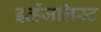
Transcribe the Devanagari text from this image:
इव्हेंजलिस्ट